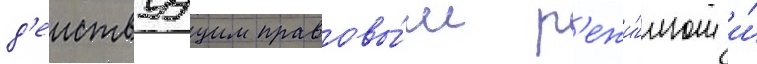
д'еиствуущим правовы́м р'ежи́мом и́